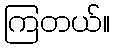
ကြတယ်။